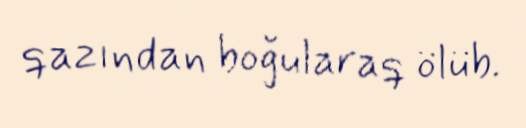
qazından boğularaq ölüb.